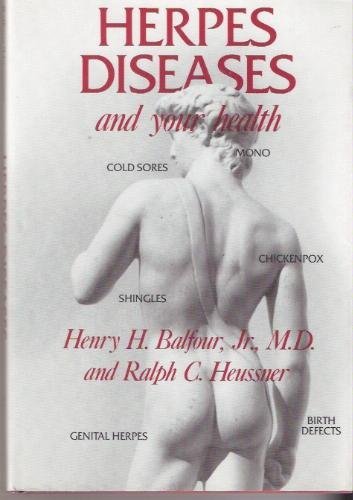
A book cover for Herpes Diseases and Your Health; Henry H., Jr. Balfour; Medical Books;